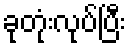
ခုတုံးလုပ်ပြီး